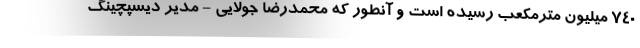
۷۴۰ میلیون مترمکعب رسیده است و آنطور که محمدرضا جولایی - مدیر دیسپچینگ